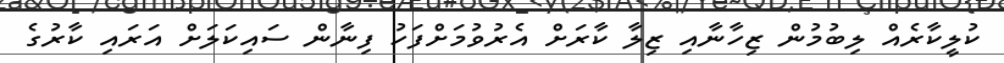
ކުލީކާރެއް ލިބުމުން ޒިހާނާއި ޒިލާ ކާރަށް އެރުވުމަށްފަހު ފިނާން ސައިކަލަށް އަރައި ކާރުގެ